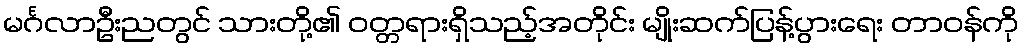
မင်္ဂလာဦးညတွင် သားတို့၏ ဝတ္တရားရှိသည့်အတိုင်း မျိုးဆက်ပြန့်ပွားရေး တာဝန်ကို